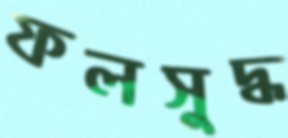
ফলসুদ্ধ